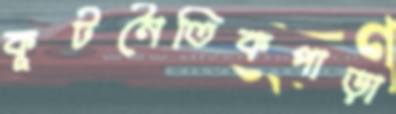
কূটনৈতিকপাড়া